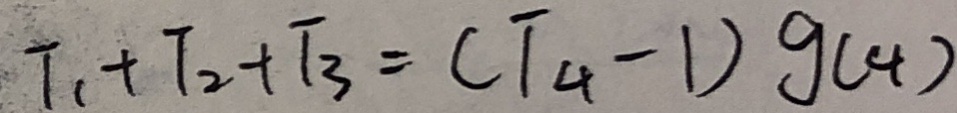
T _ { 1 } + T _ { 2 } + F _ { 3 } = ( T _ { 4 } - 1 ) g ( 4 )